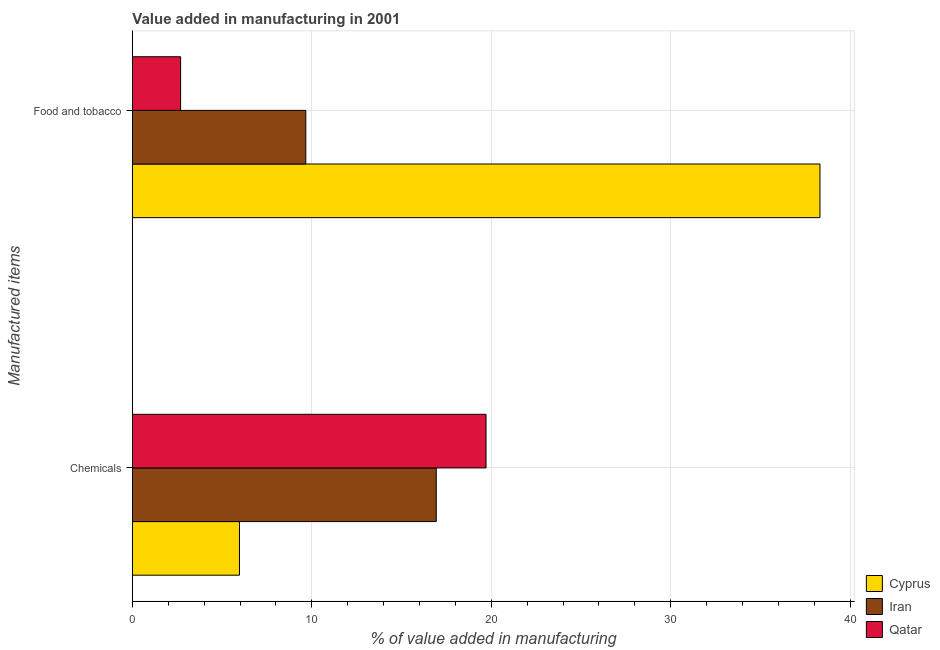
| Manufactured items | Cyprus | Iran | Qatar |
 | --- | --- | --- | --- |
 | Chemicals | 5.97 | 16.9 | 19.7 |
 | Food and tobacco | 38.3 | 9.66 | 2.69 |